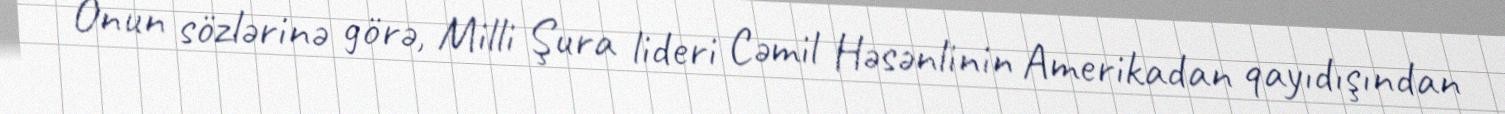
Onun sözlərinə görə, Milli Şura lideri Cəmil Həsənlinin Amerikadan qayıdışından